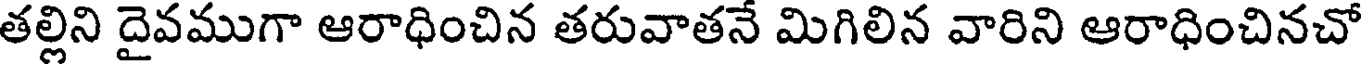
తల్లిని దైవముగా ఆరాధించిన తరువాతనే మిగిలిన వారిని ఆరాధించినచో